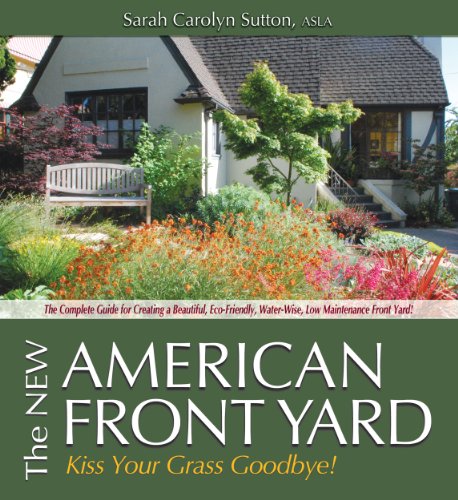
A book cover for The New American Front Yard: Kiss Your Grass Goodbye; Sarah Sutton; Crafts, Hobbies & Home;